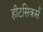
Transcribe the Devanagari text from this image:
हीटसिकर्स